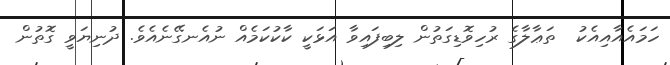
ހަމައެއާއިއެކު  ތަޢާލާގެ ރުހިވޮޑިގަތުން ލިބިފައިވާ އަޅަކީ ކާކުކަމެއް ނުއެނގޭނެއެވެ. ދުނިޔަވީ ގޮތުން